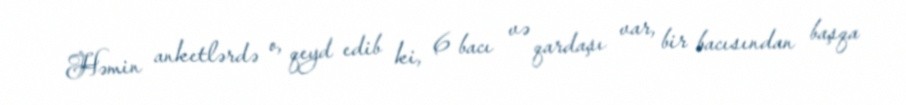
Həmin anketlərdə o, qeyd edib ki, 6 bacı və qardaşı var, bir bacısından başqa